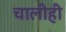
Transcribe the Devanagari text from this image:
चालीही